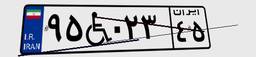
۱۰W۱۲۱۹۳